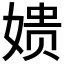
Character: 𫝬